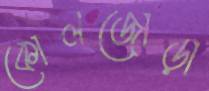
কোলজোড়া